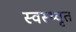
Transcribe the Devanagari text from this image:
स्वस्थ्वृत